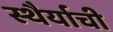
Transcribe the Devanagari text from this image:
स्थैर्याची